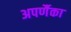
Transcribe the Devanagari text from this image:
अपर्णैका